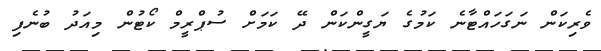
ވެރިކަން ނަގަހައްޓާނެ ކަމުގެ ޔަގީންކަން ދޭ ކަމަށް ސުޕްރީމް ކޯޓުން މިއަދު ބުނެފި